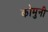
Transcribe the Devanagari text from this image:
कोमुनी